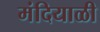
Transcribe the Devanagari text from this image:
मंदियाळी